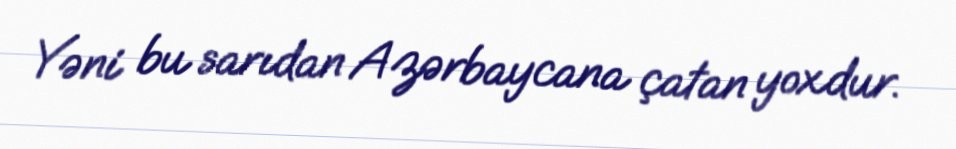
Yəni bu sarıdan Azərbaycana çatan yoxdur.